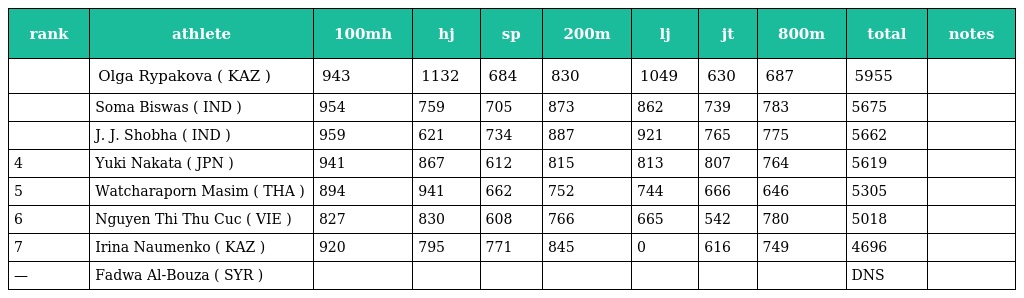
| rank | athlete | 100mh | hj | sp | 200m | lj | jt | 800m | total | notes |
 | --- | --- | --- | --- | --- | --- | --- | --- | --- | --- | --- |
 |  | Olga Rypakova ( KAZ ) | 943 | 1132 | 684 | 830 | 1049 | 630 | 687 | 5955 |  |
 |  | Soma Biswas ( IND ) | 954 | 759 | 705 | 873 | 862 | 739 | 783 | 5675 |  |
 |  | J. J. Shobha ( IND ) | 959 | 621 | 734 | 887 | 921 | 765 | 775 | 5662 |  |
 | 4 | Yuki Nakata ( JPN ) | 941 | 867 | 612 | 815 | 813 | 807 | 764 | 5619 |  |
 | 5 | Watcharaporn Masim ( THA ) | 894 | 941 | 662 | 752 | 744 | 666 | 646 | 5305 |  |
 | 6 | Nguyen Thi Thu Cuc ( VIE ) | 827 | 830 | 608 | 766 | 665 | 542 | 780 | 5018 |  |
 | 7 | Irina Naumenko ( KAZ ) | 920 | 795 | 771 | 845 | 0 | 616 | 749 | 4696 |  |
 | — | Fadwa Al-Bouza ( SYR ) |  |  |  |  |  |  |  | DNS |  |